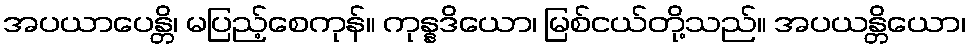
အပယာပေန္တိ၊ မပြည့်စေကုန်။ ကုန္နဒိယော၊ မြစ်ငယ်တို့သည်။ အပယန္တိယော၊